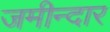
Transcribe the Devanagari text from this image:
जमीन्दार